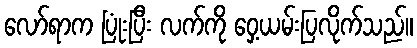
လော်ရာက ပြုံးပြီး လက်ကို ဝှေ့ယမ်းပြလိုက်သည်။